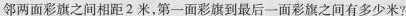
邻两面彩旗之间相距2米，第一面彩旗到最后一面彩旗之间有多少米?